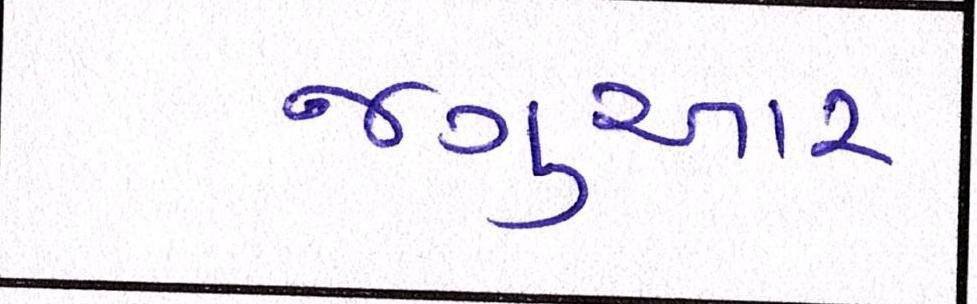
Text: જગુઆર